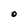
Character: O